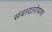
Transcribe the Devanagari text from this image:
संवादारोपण